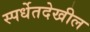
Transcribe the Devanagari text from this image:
स्पर्धेतदेखील